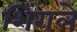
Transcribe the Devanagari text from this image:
शिंगले